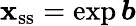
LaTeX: \boldsymbol{\mathbf{x}}_{\mathrm{{ss}}}=\exp\boldsymbol{b}